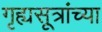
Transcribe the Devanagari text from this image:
गृह्यसूत्रांच्या